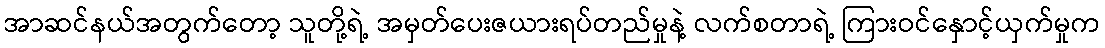
အာဆင်နယ်အတွက်တော့ သူတို့ရဲ့ အမှတ်ပေးဇယားရပ်တည်မှုနဲ့ လက်စတာရဲ့ ကြားဝင်နှောင့်ယှက်မှုက